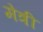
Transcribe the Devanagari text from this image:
मेत्री